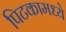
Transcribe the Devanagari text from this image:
पिटकामध्ये